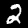
Digit: 2